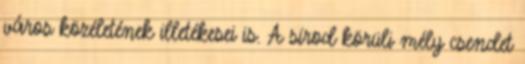
város közéletének illetékesei is. A sírod körüli mély csendet